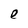
Character: e